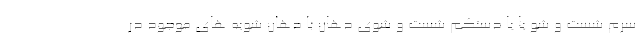
سرم شست و شو یا یا دستکم شست و شوی دهان با دهان شویه های موجود در